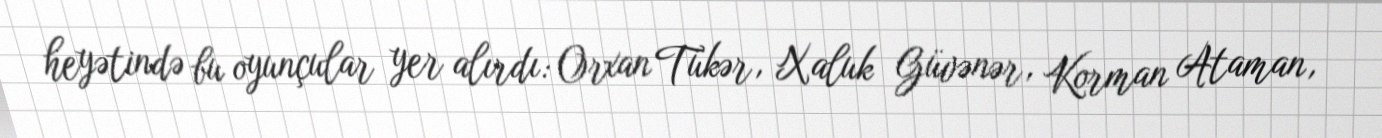
heyətində bu oyunçular yer alırdı: Orxan Tükər‚ Xaluk Güvənər‚ Korman Ataman‚